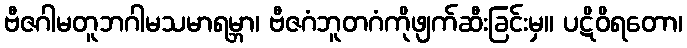
ဗီဇဂါမတူဘဂါမသမာရမ္ဘာ၊ ဗီဇဂံဘူတဂံကိုဖျက်ဆီးခြင်းမှ။ ပဋိဝိရတော၊